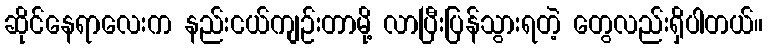
ဆိုင်နေရာလေးက နည်းငယ်ကျဉ်းတာမို့ လာပြီးပြန်သွားရတဲ့ တွေလည်းရှိပါတယ်။